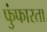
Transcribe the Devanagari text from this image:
फुंफारता